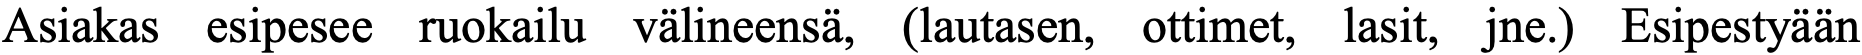
Asiakas esipesee ruokailu välineensä, (lautasen, ottimet, lasit, jne.) Esipestyään